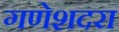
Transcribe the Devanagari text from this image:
गणेशदरा